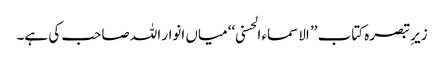
زیرِ تبصرہ کتاب ’’ الاسماء الحسنی ‘‘ میاں انوار اللہ صاحب کی ہے۔